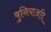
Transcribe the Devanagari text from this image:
बुनियाअदि